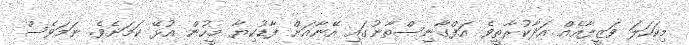
މިކަހަލަ ވަޒީފާއެއް އަދާކުރާތީވެ އަފްގާނިސްތާނުގައި އޭނާއަށް ފާޑުކިޔާ މީހުން އުޅޭ ކަމަށެވެ. ނަމަވެސް